Scottish Certificate of Education, 1962
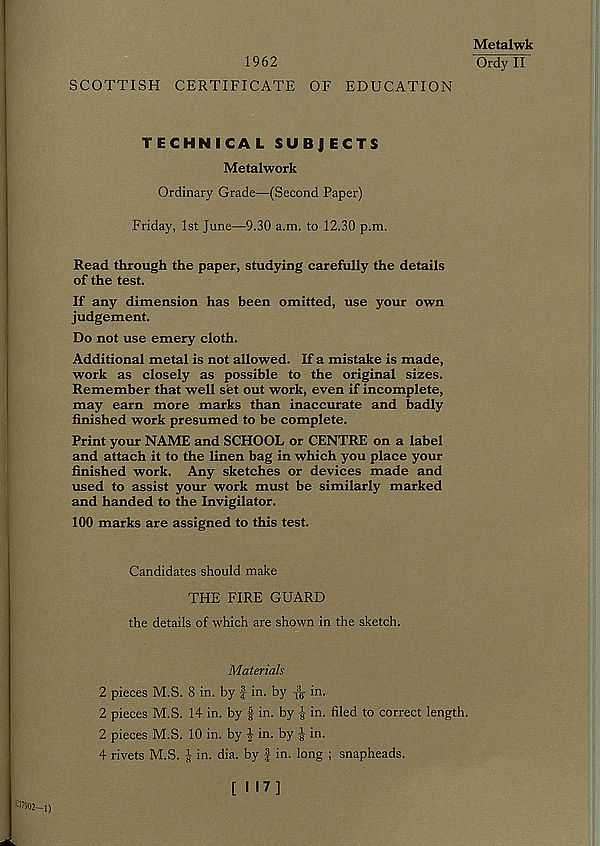
1962
SCOTTISH CERTIFICATE OF EDUCATION
Metalwk
Ordy II
TECHNICAL SUBJECTS
Metalwork
Ordinary Grade—(Second Paper)
Friday, 1st June—9.30 a.m. to 12.30 p.m.
Read through the paper, studying carefully the details
of the test.
If any dimension has been omitted, use your own
judgement.
Do not use emery cloth.
Additional metal is not allowed. If a mistake is made,
work as closely as possible to the original sizes.
Remember that well set out work, even if incomplete,
may earn more marks than inaccurate and badly
finished work presumed to be complete.
Print your NAME and SCHOOL or CENTRE on a label
and attach it to the linen bag in which you place your
finished work. Any sketches or devices made and
used to assist your work must be similarly marked
and handed to the Invigilator.
100 marks are assigned to this test.
Candidates should make
THE FIRE GUARD
the details of which are shown in the sketch.
Materials
2 pieces M.S. 8 in. by f in. by fg- in.
2 pieces M.S. 14 in. by § in. by in. filed to correct length.
2 pieces M.S. 10 in. by in. by in.
4 rivets M.S. in. dia. by | in. long ; snapheads.
[ I 17]